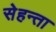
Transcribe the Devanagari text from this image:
सेहन्‍ता